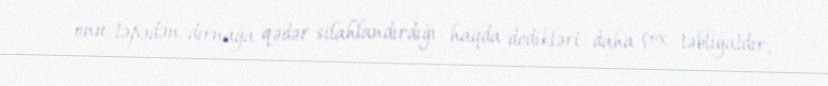
onu təpədən-dırnağa qədər silahlandırdığı haqda dedikləri daha çox təbliğatdır,